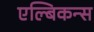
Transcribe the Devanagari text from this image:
एल्बिकन्स